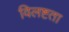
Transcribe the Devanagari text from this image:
विलष्टता